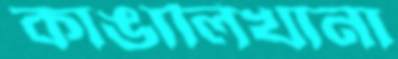
কাঙালিখানা